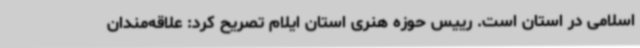
اسلامی در استان است. رییس حوزه هنری استان ایلام تصریح کرد: علاقه‌مندان